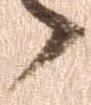
候